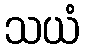
သယံ